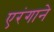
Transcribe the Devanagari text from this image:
एरंगाने